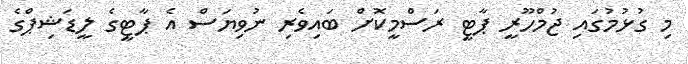
މި ގުޅުމުގައި ޖުމްހޫރީ ޕާޓީ ރަސްމީކޮށް ބައިވެރި ނުވިޔަސް އެ ޕާޓީގެ ލީޑަޝިޕްގެ